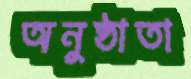
অনুষ্ঠাতা